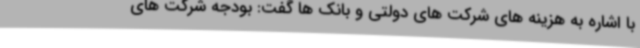
با اشاره به هزینه های شرکت های دولتی و بانک ها گفت: بودجه شرکت های